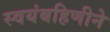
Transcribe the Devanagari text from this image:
स्वयंबहिणीने